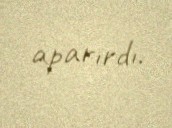
aparırdı.